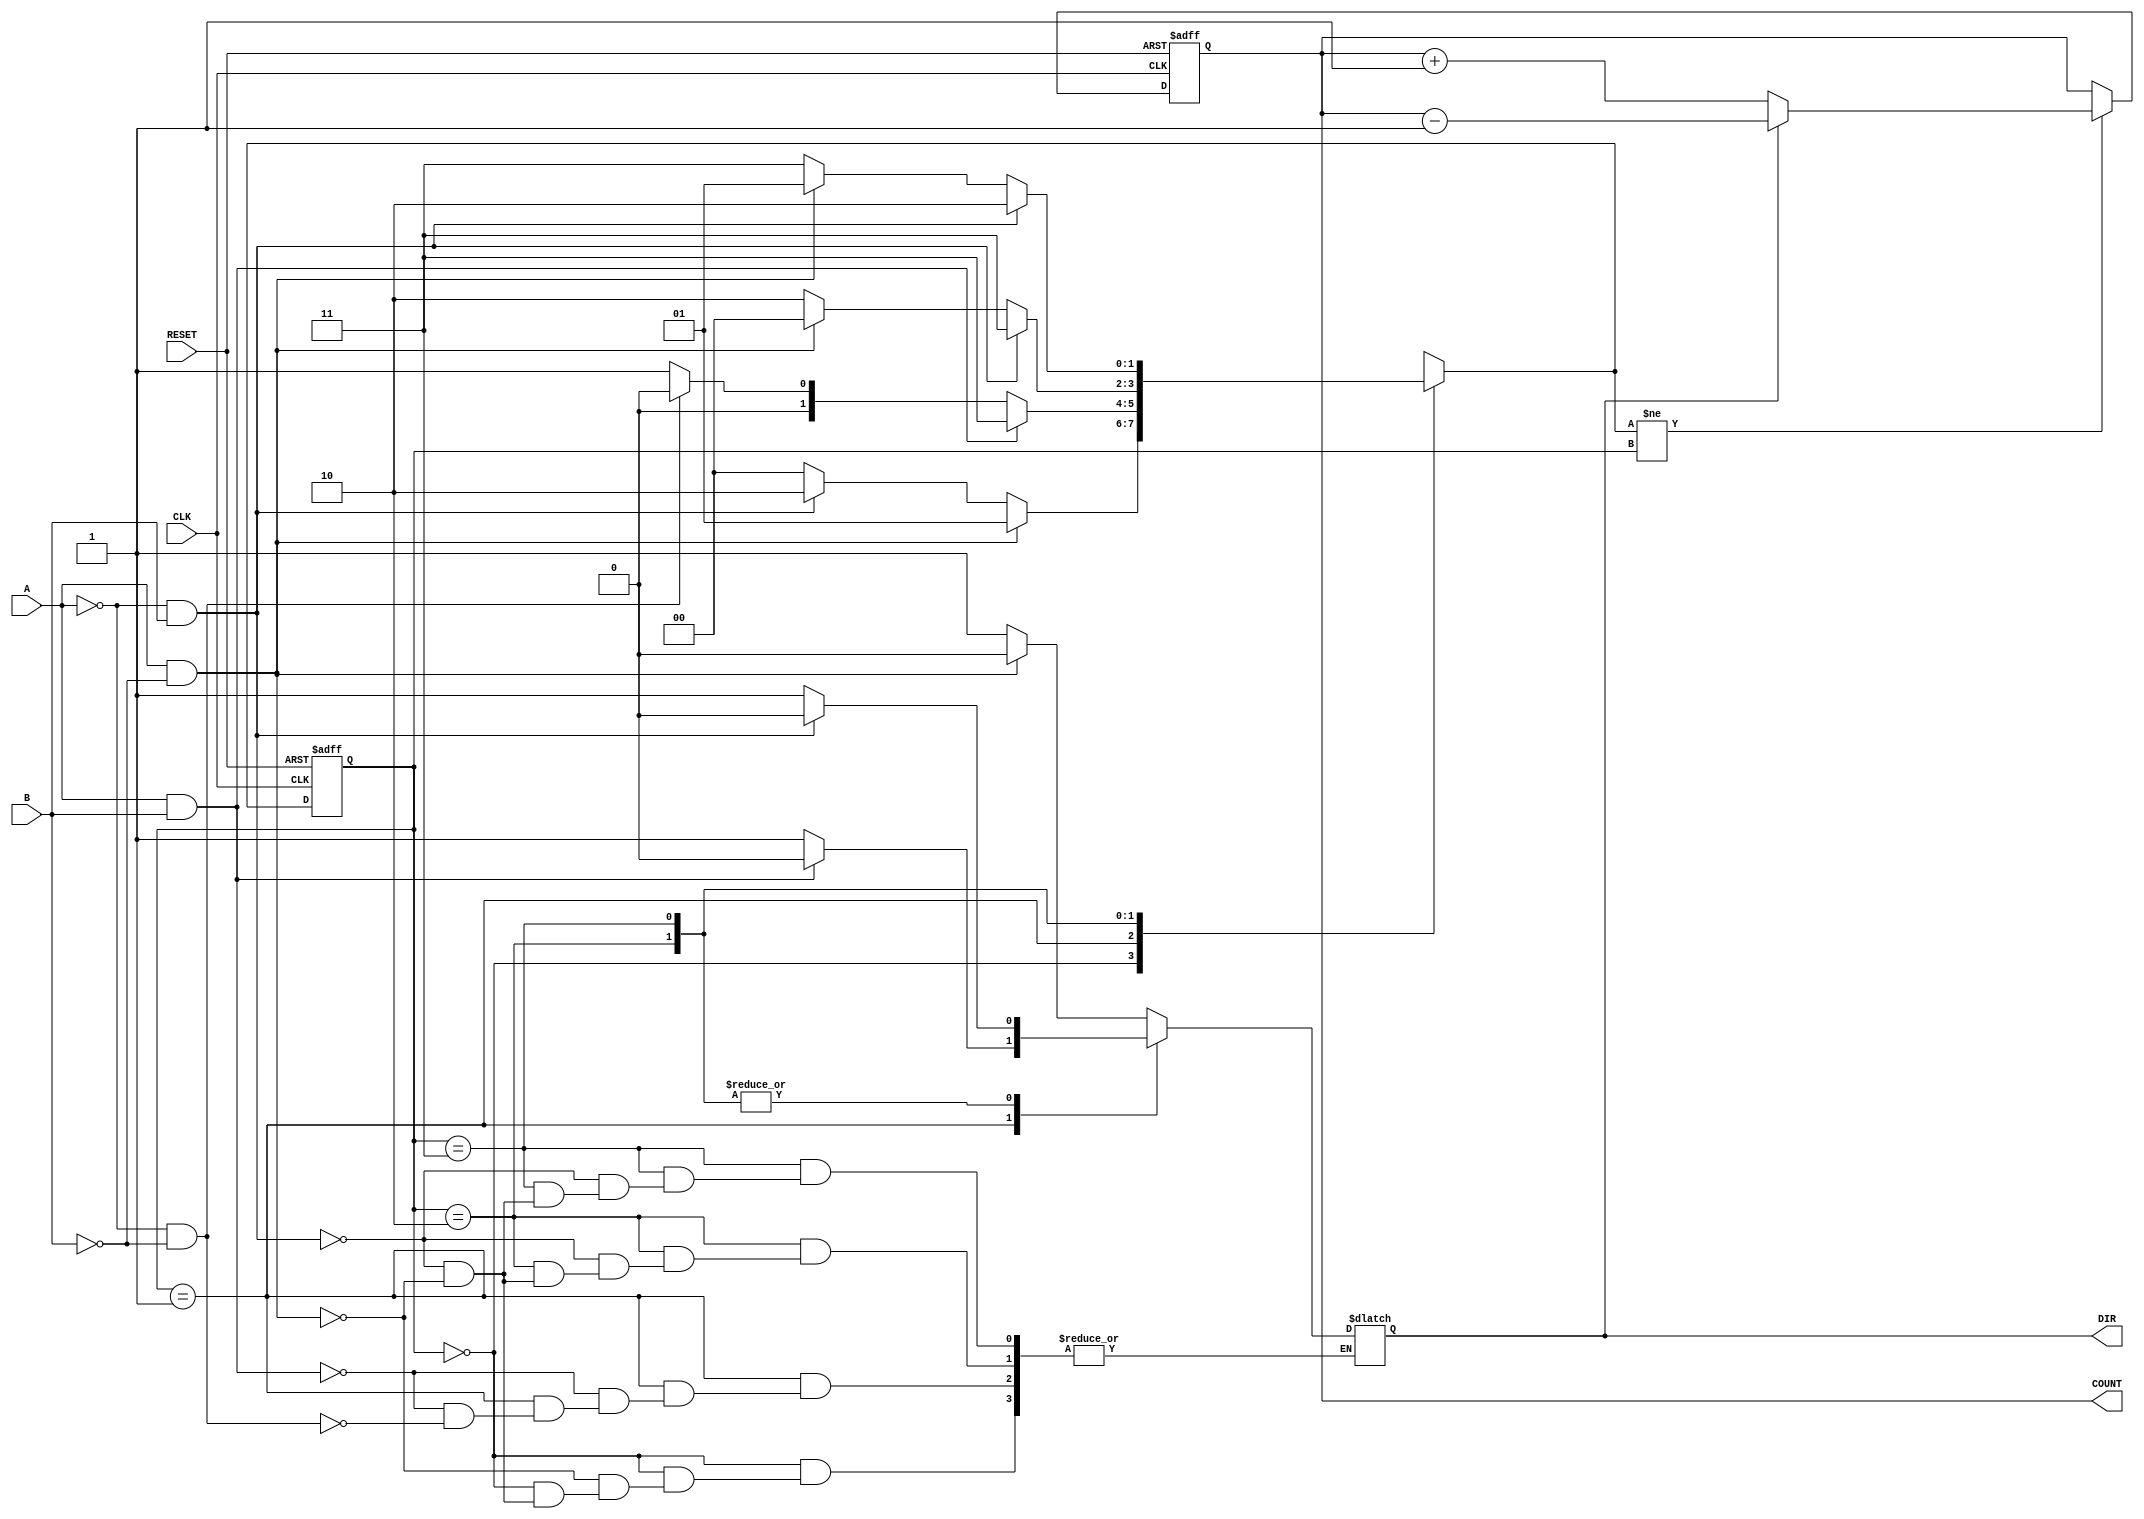
module rotary_encoder (
    input wire A,           // First output signal from the rotary encoder
    input wire B,           // Second output signal from the rotary encoder
    input wire RESET,       // Reset signal
    input wire CLK,         // Clock signal (not used in this combinational design)
    output reg [3:0] COUNT, // 4-bit binary output for the count
    output reg DIR          // Direction output (0 for CW, 1 for CCW)
);

    // State encoding
    reg [1:0] current_state, next_state;

    // State definitions
    localparam STATE_00 = 2'b00,
               STATE_01 = 2'b01,
               STATE_10 = 2'b10,
               STATE_11 = 2'b11;

    // State transition logic
    always @(*) begin
        case (current_state)
            STATE_00: begin
                if (A && !B) begin
                    next_state = STATE_01;
                    DIR = 0; // CW
                end else if (!A && B) begin
                    next_state = STATE_10;
                    DIR = 1; // CCW
                end else begin
                    next_state = STATE_00;
                end
            end

            STATE_01: begin
                if (A && B) begin
                    next_state = STATE_11;
                    DIR = 0; // CW
                end else if (!A && !B) begin
                    next_state = STATE_00;
                    DIR = 1; // CCW
                end else begin
                    next_state = STATE_01;
                end
            end

            STATE_10: begin
                if (!A && B) begin
                    next_state = STATE_11;
                    DIR = 0; // CW
                end else if (A && !B) begin
                    next_state = STATE_00;
                    DIR = 1; // CCW
                end else begin
                    next_state = STATE_10;
                end
            end

            STATE_11: begin
                if (!A && B) begin
                    next_state = STATE_10;
                    DIR = 0; // CW
                end else if (A && !B) begin
                    next_state = STATE_01;
                    DIR = 1; // CCW
                end else begin
                    next_state = STATE_11;
                end
            end

            default: begin
                next_state = STATE_00;
                DIR = 0; // Default to CW
            end
        endcase
    end

    // Counting logic and reset functionality
    always @(posedge CLK or posedge RESET) begin
        if (RESET) begin
            COUNT <= 4'b0000; // Reset count to 0
            current_state <= STATE_00; // Reset to initial state
        end else begin
            current_state <= next_state;
            if (next_state != current_state) begin
                // Update count based on direction
                if (DIR == 0) begin
                    COUNT <= COUNT + 1; // Increment count for CW
                end else begin
                    COUNT <= COUNT - 1; // Decrement count for CCW
                end
            end
        end
    end

endmodule